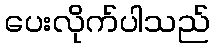
ပေးလိုက်ပါသည်